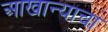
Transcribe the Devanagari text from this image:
आखान्याचा